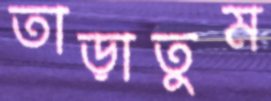
তাড়াতুম